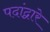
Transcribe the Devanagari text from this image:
पदांद्वारे